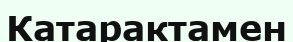
Катарактамен